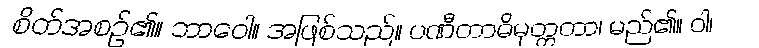
စိတ်အစဉ်၏။ ဘာဝေါ။ အဖြစ်သည်။ ပဏီတာဓိမုတ္တတာ၊ မည်၏။ ဝါ၊